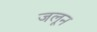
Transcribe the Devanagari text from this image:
जलून